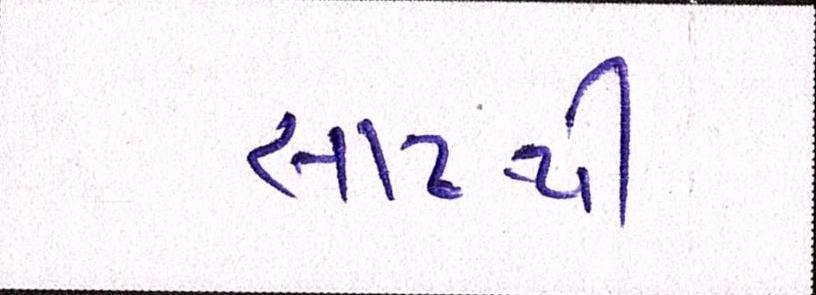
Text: સાંઢથી